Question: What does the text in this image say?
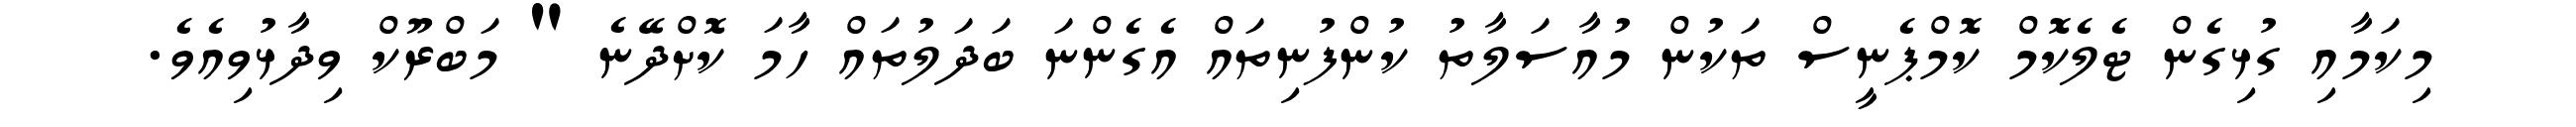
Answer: މިކަމާއި ގުޅިގެން ޓެލެކޮމް ކޮމްޕެނީސް ތަކުން މުއާސަލާތު ކުންފުނިތައް އެގެންނަ ބަދަލުތައް ހާމަ ކޮށްދޭނެ " މަބްރޫކް ވިދާޅުވިއެވެ.